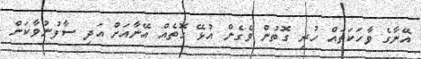
އޭނާގެ ވާހަކަތައް ހުރި ގޮތުން ވެގެން އުޅޭ ގޮތެއް އޭނާއަށް އަދި ސާފުނުވާކަން